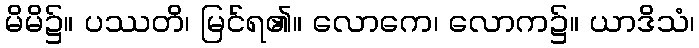
မိမိ၌။ ပဿတိ၊ မြင်ရ၏။ လောကေ၊ လောက၌။ ယာဒိသံ၊